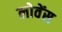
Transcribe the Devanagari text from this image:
लोवेंस